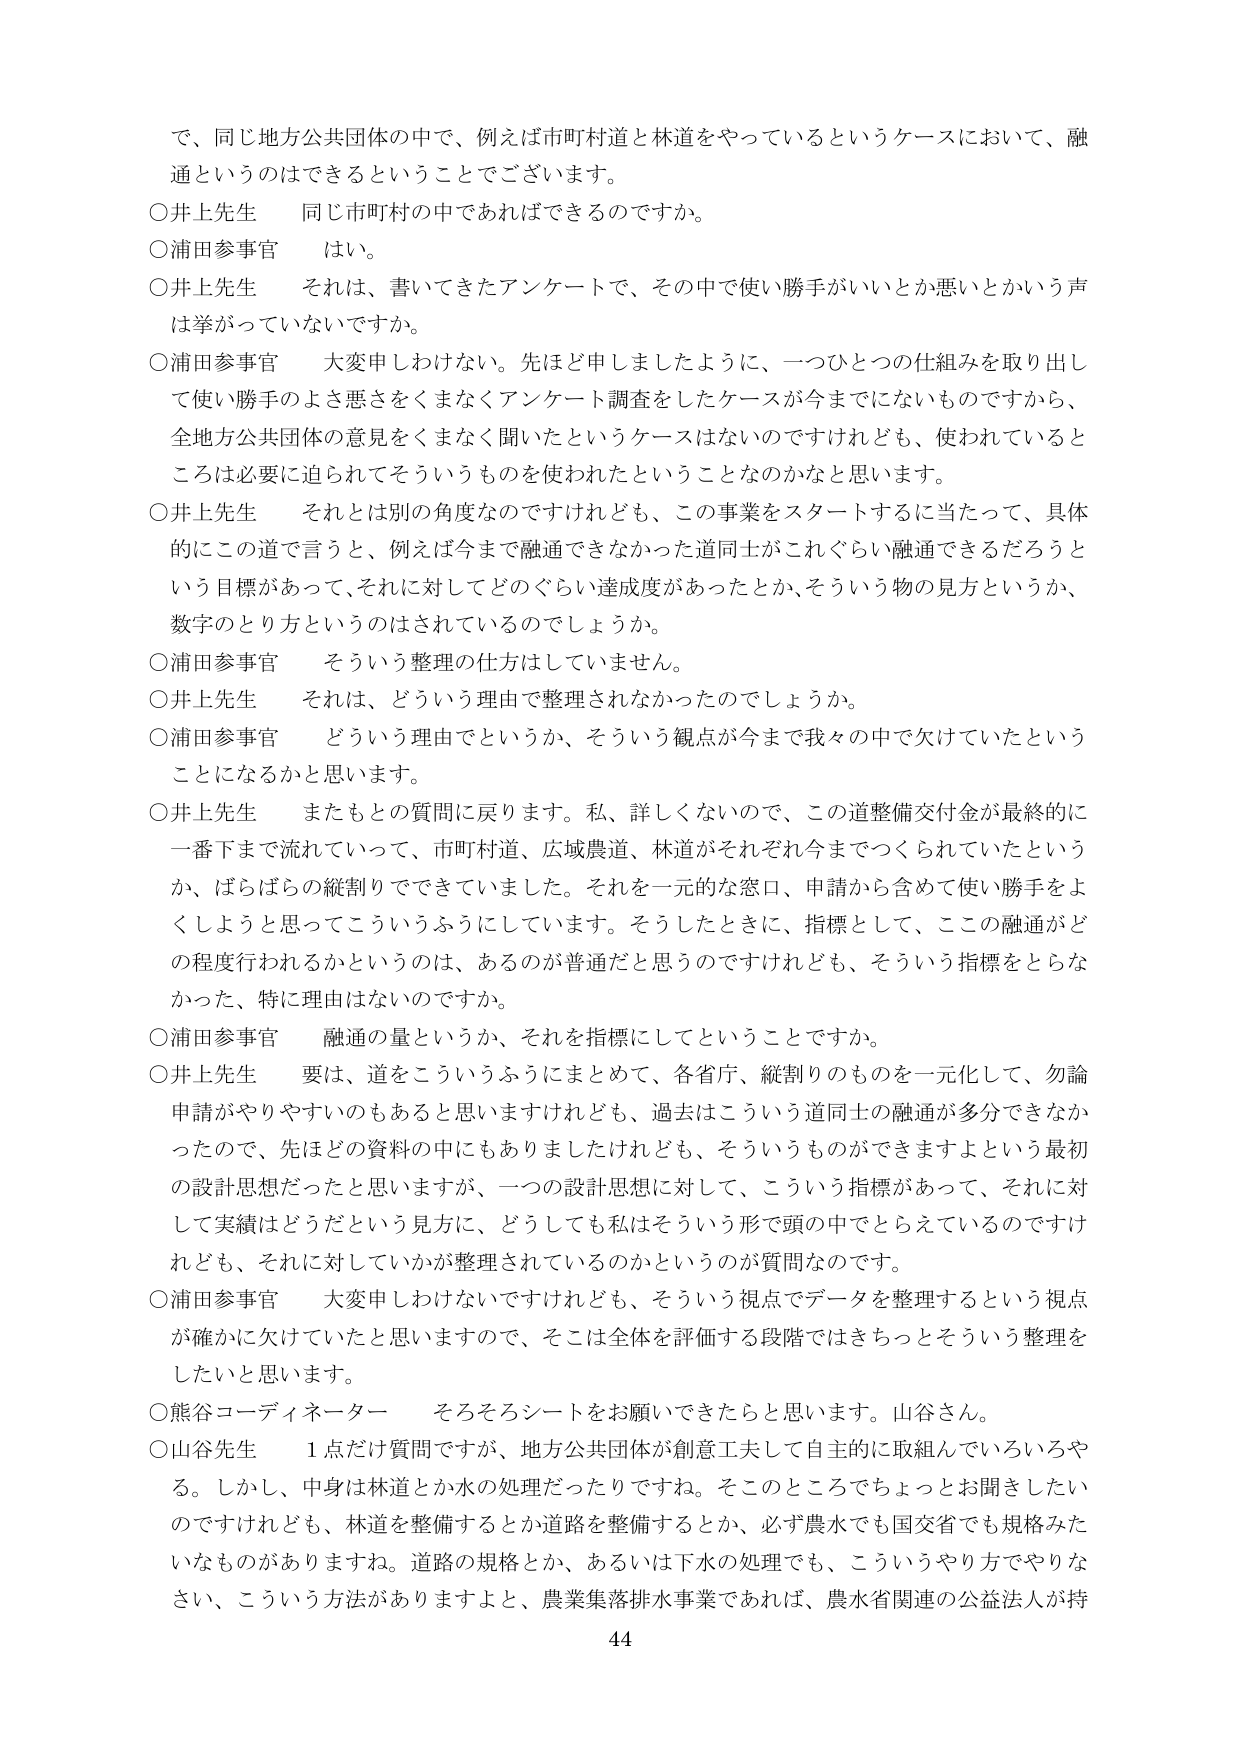
で、同じ地方公共団体の中で、例えば市町村道と林道をやっているというケースにおいて、融通というのはできるということでございます。

○井上先生　同じ市町村の中であればできるのですか。

○浦田参事官　はい。

○井上先生　それは、書いてきたアンケートで、その中で使い勝手がいいとか悪いとかいう声は挙がっていないですか。

○浦田参事官　大変申しわけない。先ほど申しましたように、一つひとつの仕組みを取り出して使い勝手のよさ悪さをくまなくアンケート調査をしたケースが今までにないものですから、全地方公共団体の意見をくまなく聞いたというケースはないのですけれども、使われているところは必要に迫られてそういうものを使われたということなのかなと思います。

○井上先生　それとは別の角度なのですけれども、この事業をスタートするに当たって、具体的にこの道で言うと、例えば今まで融通できなかった道同士がこれぐらい融通できるだろうという目標があって、それに対してどのぐらい達成度があったとか、そういう物の見方というか、数字のとり方というのはされているのでしょうか。

○浦田参事官　そういう整理の仕方はしていません。

○井上先生　それは、どういう理由で整理されなかったのでしょうか。

○浦田参事官　どういう理由でというか、そういう観点が今まで我々の中で欠けていたということになるかと思います。

○井上先生　またもとの質問に戻ります。私、詳しくないので、この道整備交付金が最終的に一番下まで流れていって、市町村道、広域農道、林道がそれぞれ今までつくられていたというか、ばらばらの縦割りでできていました。それを一元的な窓口、申請から含めて使い勝手をよくしようと思ってこういうふうにしています。そうしたときに、指標として、この融通がどの程度行われるかというのは、あるのが普通だと思うのですけれども、そういう指標をとらなかった、特に理由はないのですか。

○浦田参事官　融通の量というか、それを指標にしてということですか。

○井上先生　要は、道をこういうふうにまとめて、各省庁、縦割りのものを一元化して、勿論申請がやりやすいのもあると思いますけれども、過去はこういう道同士の融通が多分できなかったので、先ほどどの資料の中にもありましたけれども、そういうものができますよという最初の設計思想だったと思いますが、一つの設計思想に対して、こういう指標があって、それに対して実績はどうだという見方に、どうしても私はそういう形で頭の中でとらえているのですけれども、それに対していかが整理されているのかというのが質問なのです。

○浦田参事官　大変申しわけないですけれども、そういう視点でデータを整理するという視点が確かに欠けていたと思いますので、そこは全体を評価する段階ではきちっとそういう整理をしたいと思います。

○熊谷コーディネーター　そろそろシートをお願いできたらと思います。山谷さん。

○山谷先生　1点だけ質問ですが、地方公共団体が創意工夫して自主的に取組んでいろいろやる。しかし、中身は林道とか水の処理だったりですね。そこのところちょっとお聞きしたいのですけれども、林道を整備するとか道路を整備するとか、必ず農水でも国交省でも規格みたいなものがありますね。道路の規格とか、あるいは下水の処理でも、こういうやり方でやりなさい、こういう方法がありますよと、農業集落排水事業であれば、農水省関連の公益法人が持

44